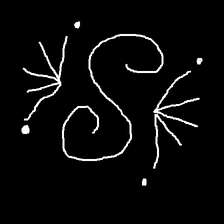
Glyph: aeroform